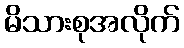
မိသားစုအလိုက်